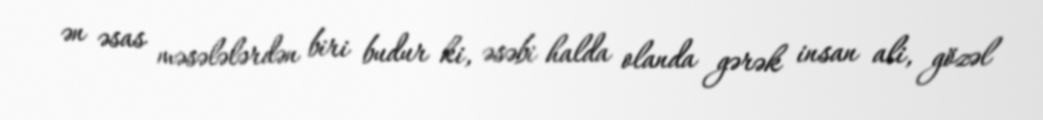
ən əsas məsələlərdən biri budur ki, əsəbi halda olanda gərək insan ali, gözəl